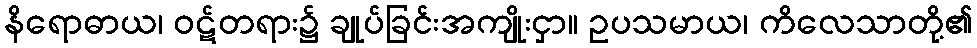
နိရောဓာယ၊ ဝဋ်တရား၌ ချုပ်ခြင်းအကျိုးငှာ။ ဥပသမာယ၊ ကိလေသာတို့၏